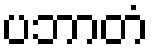
ပဘာတံ